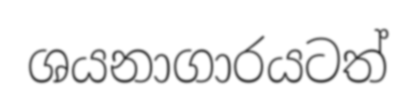
ශයනාගාරයටත්